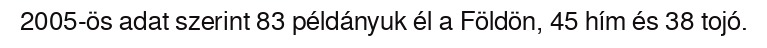
2005-ös adat szerint 83 példányuk él a Földön, 45 hím és 38 tojó.